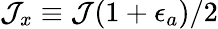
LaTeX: \mathcal{J}_{x}\equiv\mathcal{J}(1+\epsilon_{a})/2